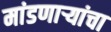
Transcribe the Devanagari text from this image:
मांडणार्‍यांचा